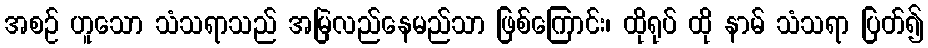
အစဉ် ဟူသော သံသရာသည် အမြဲလည်နေမည်သာ ဖြစ်ကြောင်း၊ ထိုရုပ် ထို နာမ် သံသရာ ပြတ်၍